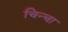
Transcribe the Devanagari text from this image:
चिन्चा